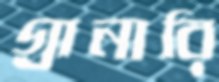
গ্রানারি